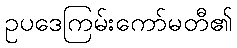
ဥပဒေကြမ်းကော်မတီ၏